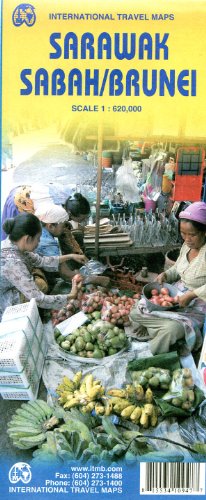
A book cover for Sabah, Sarawak (Malaysia, Borneo) & Brunei 1:620,000 Regional Travel Map; ITMB Publishing; Travel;